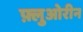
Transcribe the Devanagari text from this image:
फ़्लुओरीन